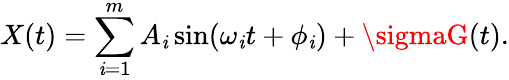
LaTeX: X(t)=\sum_{\mathit{i}=1}^{m}A_{\mathit{i}}\sin(\omega_{\mathit{i}}t+\phi_{\mathit{i}})+\sigmaG(t).